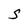
Character: S